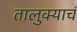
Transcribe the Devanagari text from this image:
तालुक्याचं